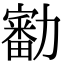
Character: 㔤